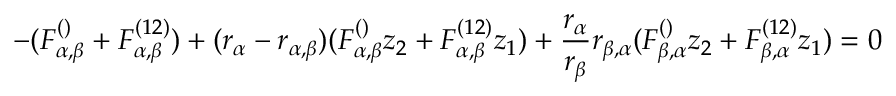
- ( F _ { \alpha , \beta } ^ { ( ) } + F _ { \alpha , \beta } ^ { ( 1 2 ) } ) + ( r _ { \alpha } - r _ { \alpha , \beta } ) ( F _ { \alpha , \beta } ^ { ( ) } z _ { 2 } + F _ { \alpha , \beta } ^ { ( 1 2 ) } z _ { 1 } ) + \frac { r _ { \alpha } } { r _ { \beta } } r _ { \beta , \alpha } ( F _ { \beta , \alpha } ^ { ( ) } z _ { 2 } + F _ { \beta , \alpha } ^ { ( 1 2 ) } z _ { 1 } ) = 0